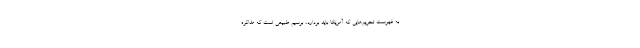
به فهرست تحریم‌هایی که آمریکا باید بردارد، برسیم طبیعی است که مذاکره